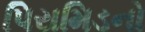
પિરામિડનો